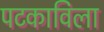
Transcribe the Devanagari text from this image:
पटकाविला